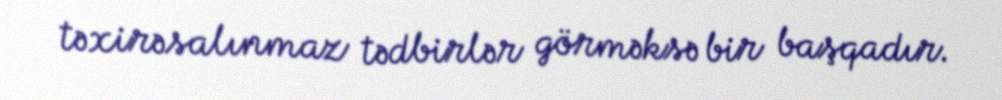
təxirəsalınmaz tədbirlər görməksə bir başqadır.